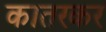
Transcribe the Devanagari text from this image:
कातरकर